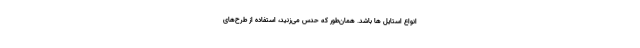
انواع استایل ها باشد. همان‌طور که حدس می‌زنید، استفاده از طرح‌های